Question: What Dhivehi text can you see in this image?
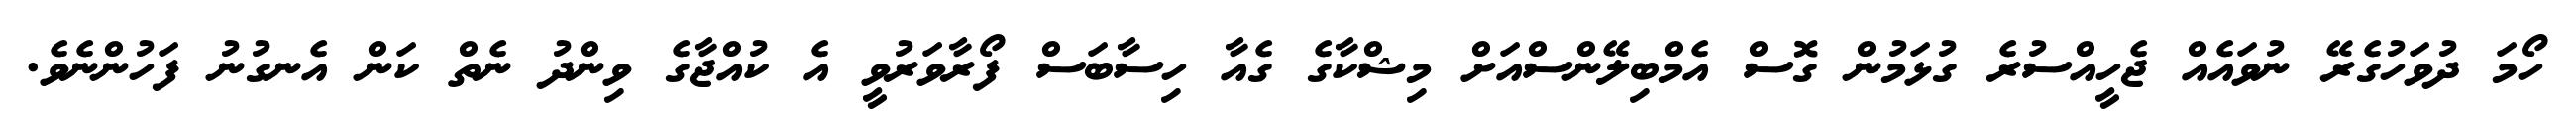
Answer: ހޯމަ ދުވަހުގެރޭ ނުވައެއް ޖެހީއްސުރެ ގުޅަމުން ގޮސް އެމްބިލޭންސްއަށް މިޝްކާގެ ގެއާ ހިސާބަސް ފޯރާވަރުވީ އެ ކުއްޖާގެ ވިންދު ނެތް ކަން އެނގުނު ފަހުންނެވެ.